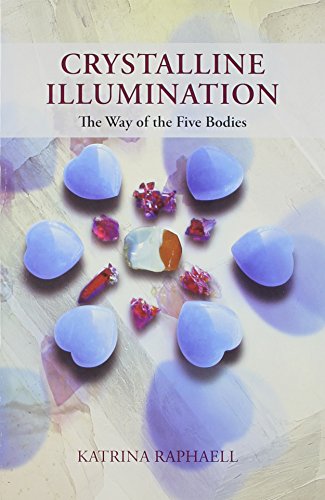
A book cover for Crystalline Illumination: The Way of the Five Bodies; Katrina Raphaell; Religion & Spirituality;